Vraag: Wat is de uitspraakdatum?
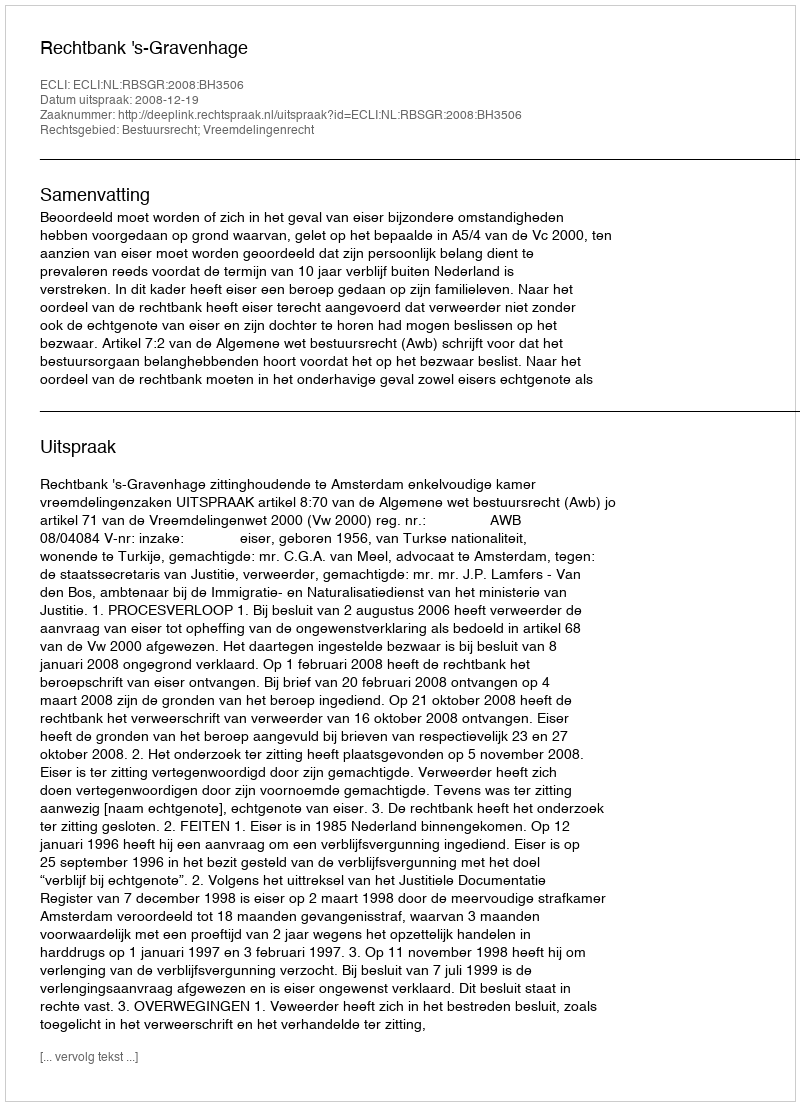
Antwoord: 2008-12-19